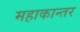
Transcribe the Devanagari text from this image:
महाकान्तर